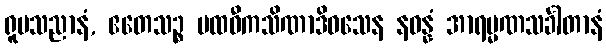
ရူပသညာနံ, ဧတေသဉ္စ ပထဝီကသိဏာဒိဝသေန နဝန္နံ အာရမ္မဏသင်္ခါတာနံ